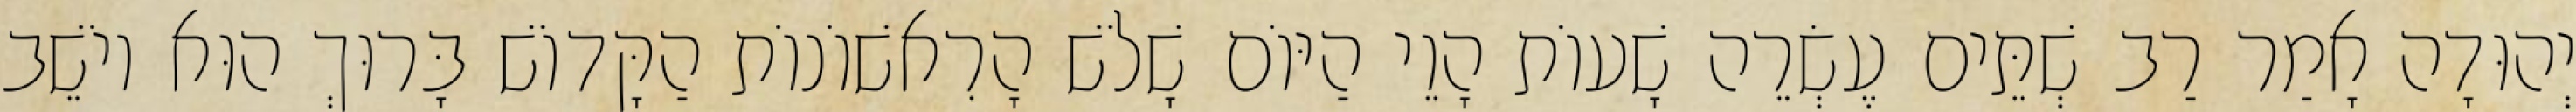
יְהוּדָה אָמַר רַב שְׁתֵּים עֶשְׂרֵה שָׁעוֹת הָוֵי הַיּוֹם שָׁלֹשׁ הָרִאשׁוֹנוֹת הַקָּדוֹשׁ בָּרוּךְ הוּא יוֹשֵׁב